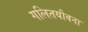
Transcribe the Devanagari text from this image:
गलितयौवना